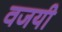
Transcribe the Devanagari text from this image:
वजयी